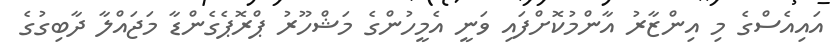
އައިއެސްގެ މި އިންޒާރު އާންމުކޮށްފައި ވަނީ އެމީހުންގެ މަޝްހޫރު ޕްރޮޕެގެންޑާ މަޖައްލާ ދާބިގުގެ